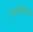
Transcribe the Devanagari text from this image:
धनवंतांच्या